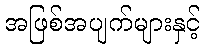
အဖြစ်အပျက်များနှင့်